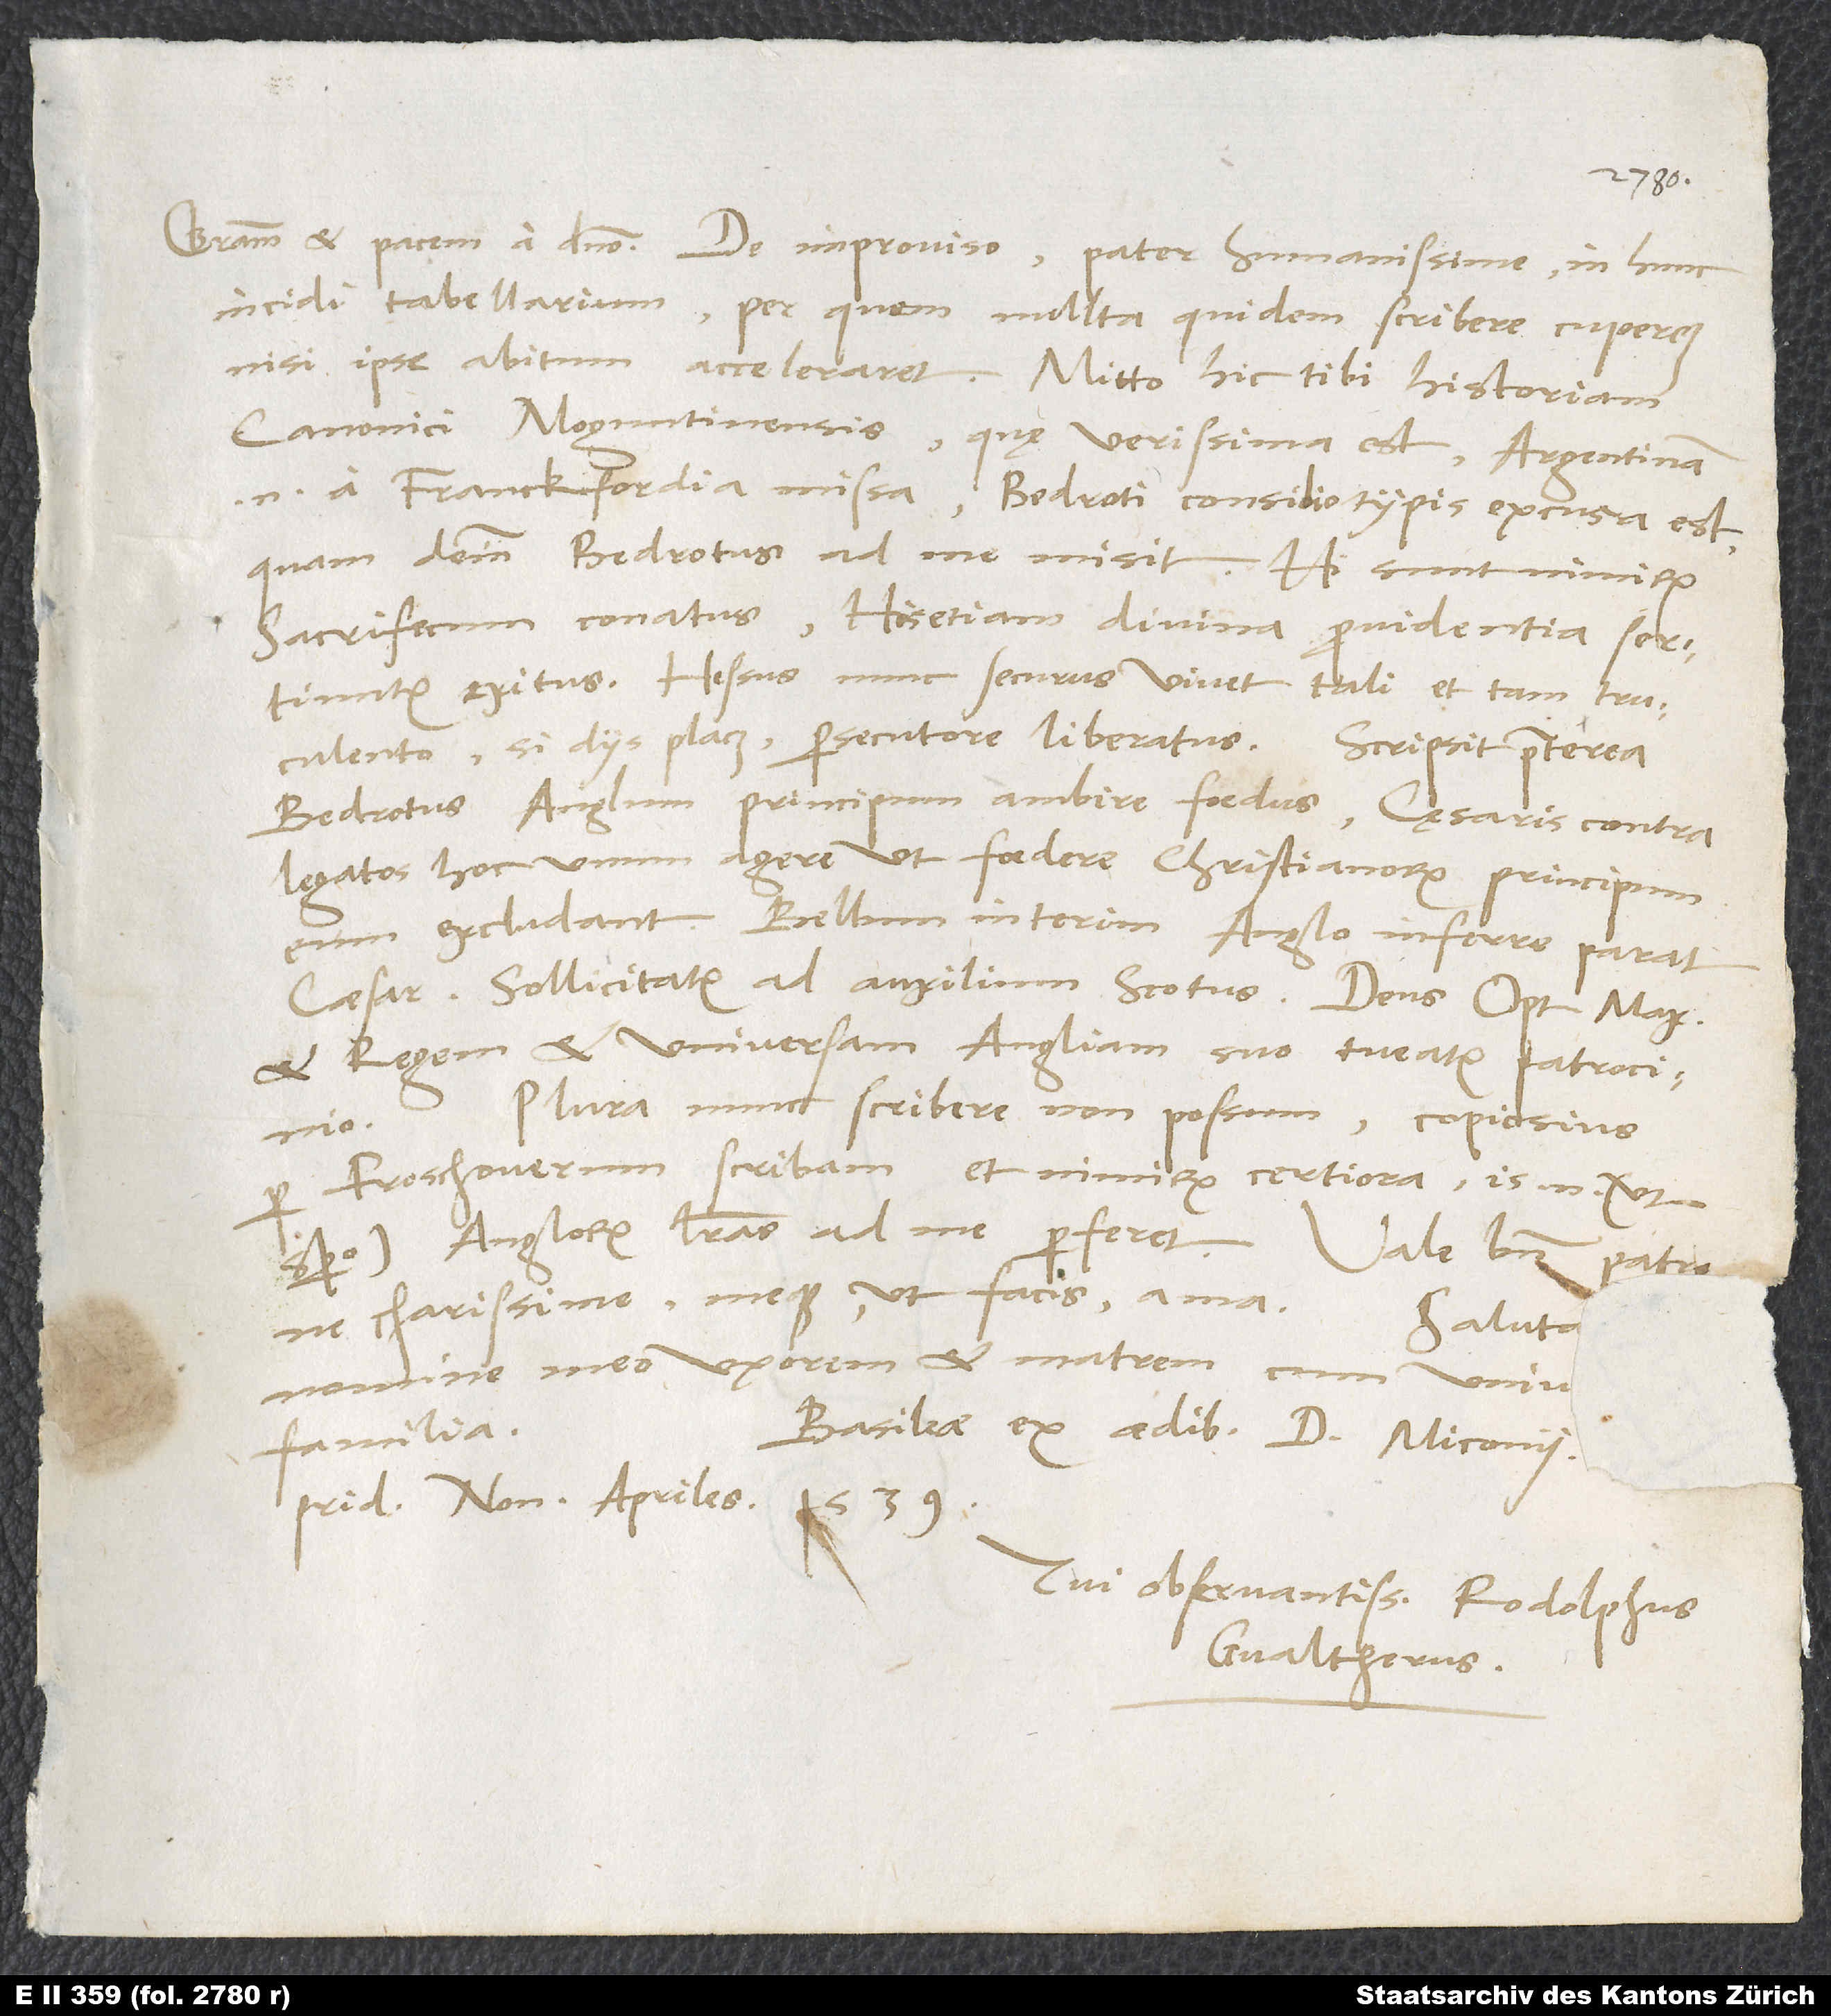
incidi tabellarium, per quem multa quidem scribere cuperem,
nisi ipse abitum acceleraret. Mitto hic tibi historiam
canonici Moguntinensis, quę verissima est; Argentinam
enim a Franckfordia missa Bedroti consilio typis excusa est,
quam deinde Bedrotus ad me misit. Hi sunt nimirum
sacrifecum conatus, his etiam divina providentia sortiuntur
exitus. Hessus nunc securus vivet tali et tam truculento,
Bedrotus Anglum principum ambire foedus, cęsaris contra
legatos hoc unum agere, ut foedere christianorum principum
eum excludant. Bellum interim Anglo inferre parat
caesar. Sollicitatur ad auxilium Scotus. Deus optimus maximus
et regem et universam Angliam suo tueatur patrocinio.
Plura nunc scribere non possum, copiosius
per Froschouerum scribam et nimirum certiora; is enim (ut
charissime, meque, ut facis, ama.
Saluta
Basileae, ex aedibus d. Miconii,
familia.
pridie nonas apriles 1539.
Tui observantissimus Rodolphus
Gvaltherus.